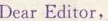
Dear Editor,